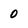
Character: 0